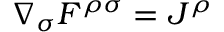
\nabla _ { \sigma } F ^ { \rho \sigma } = J ^ { \rho }